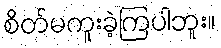
စိတ်မကူးခဲ့ကြပါဘူး။